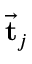
\vec { \bf t } _ { j }